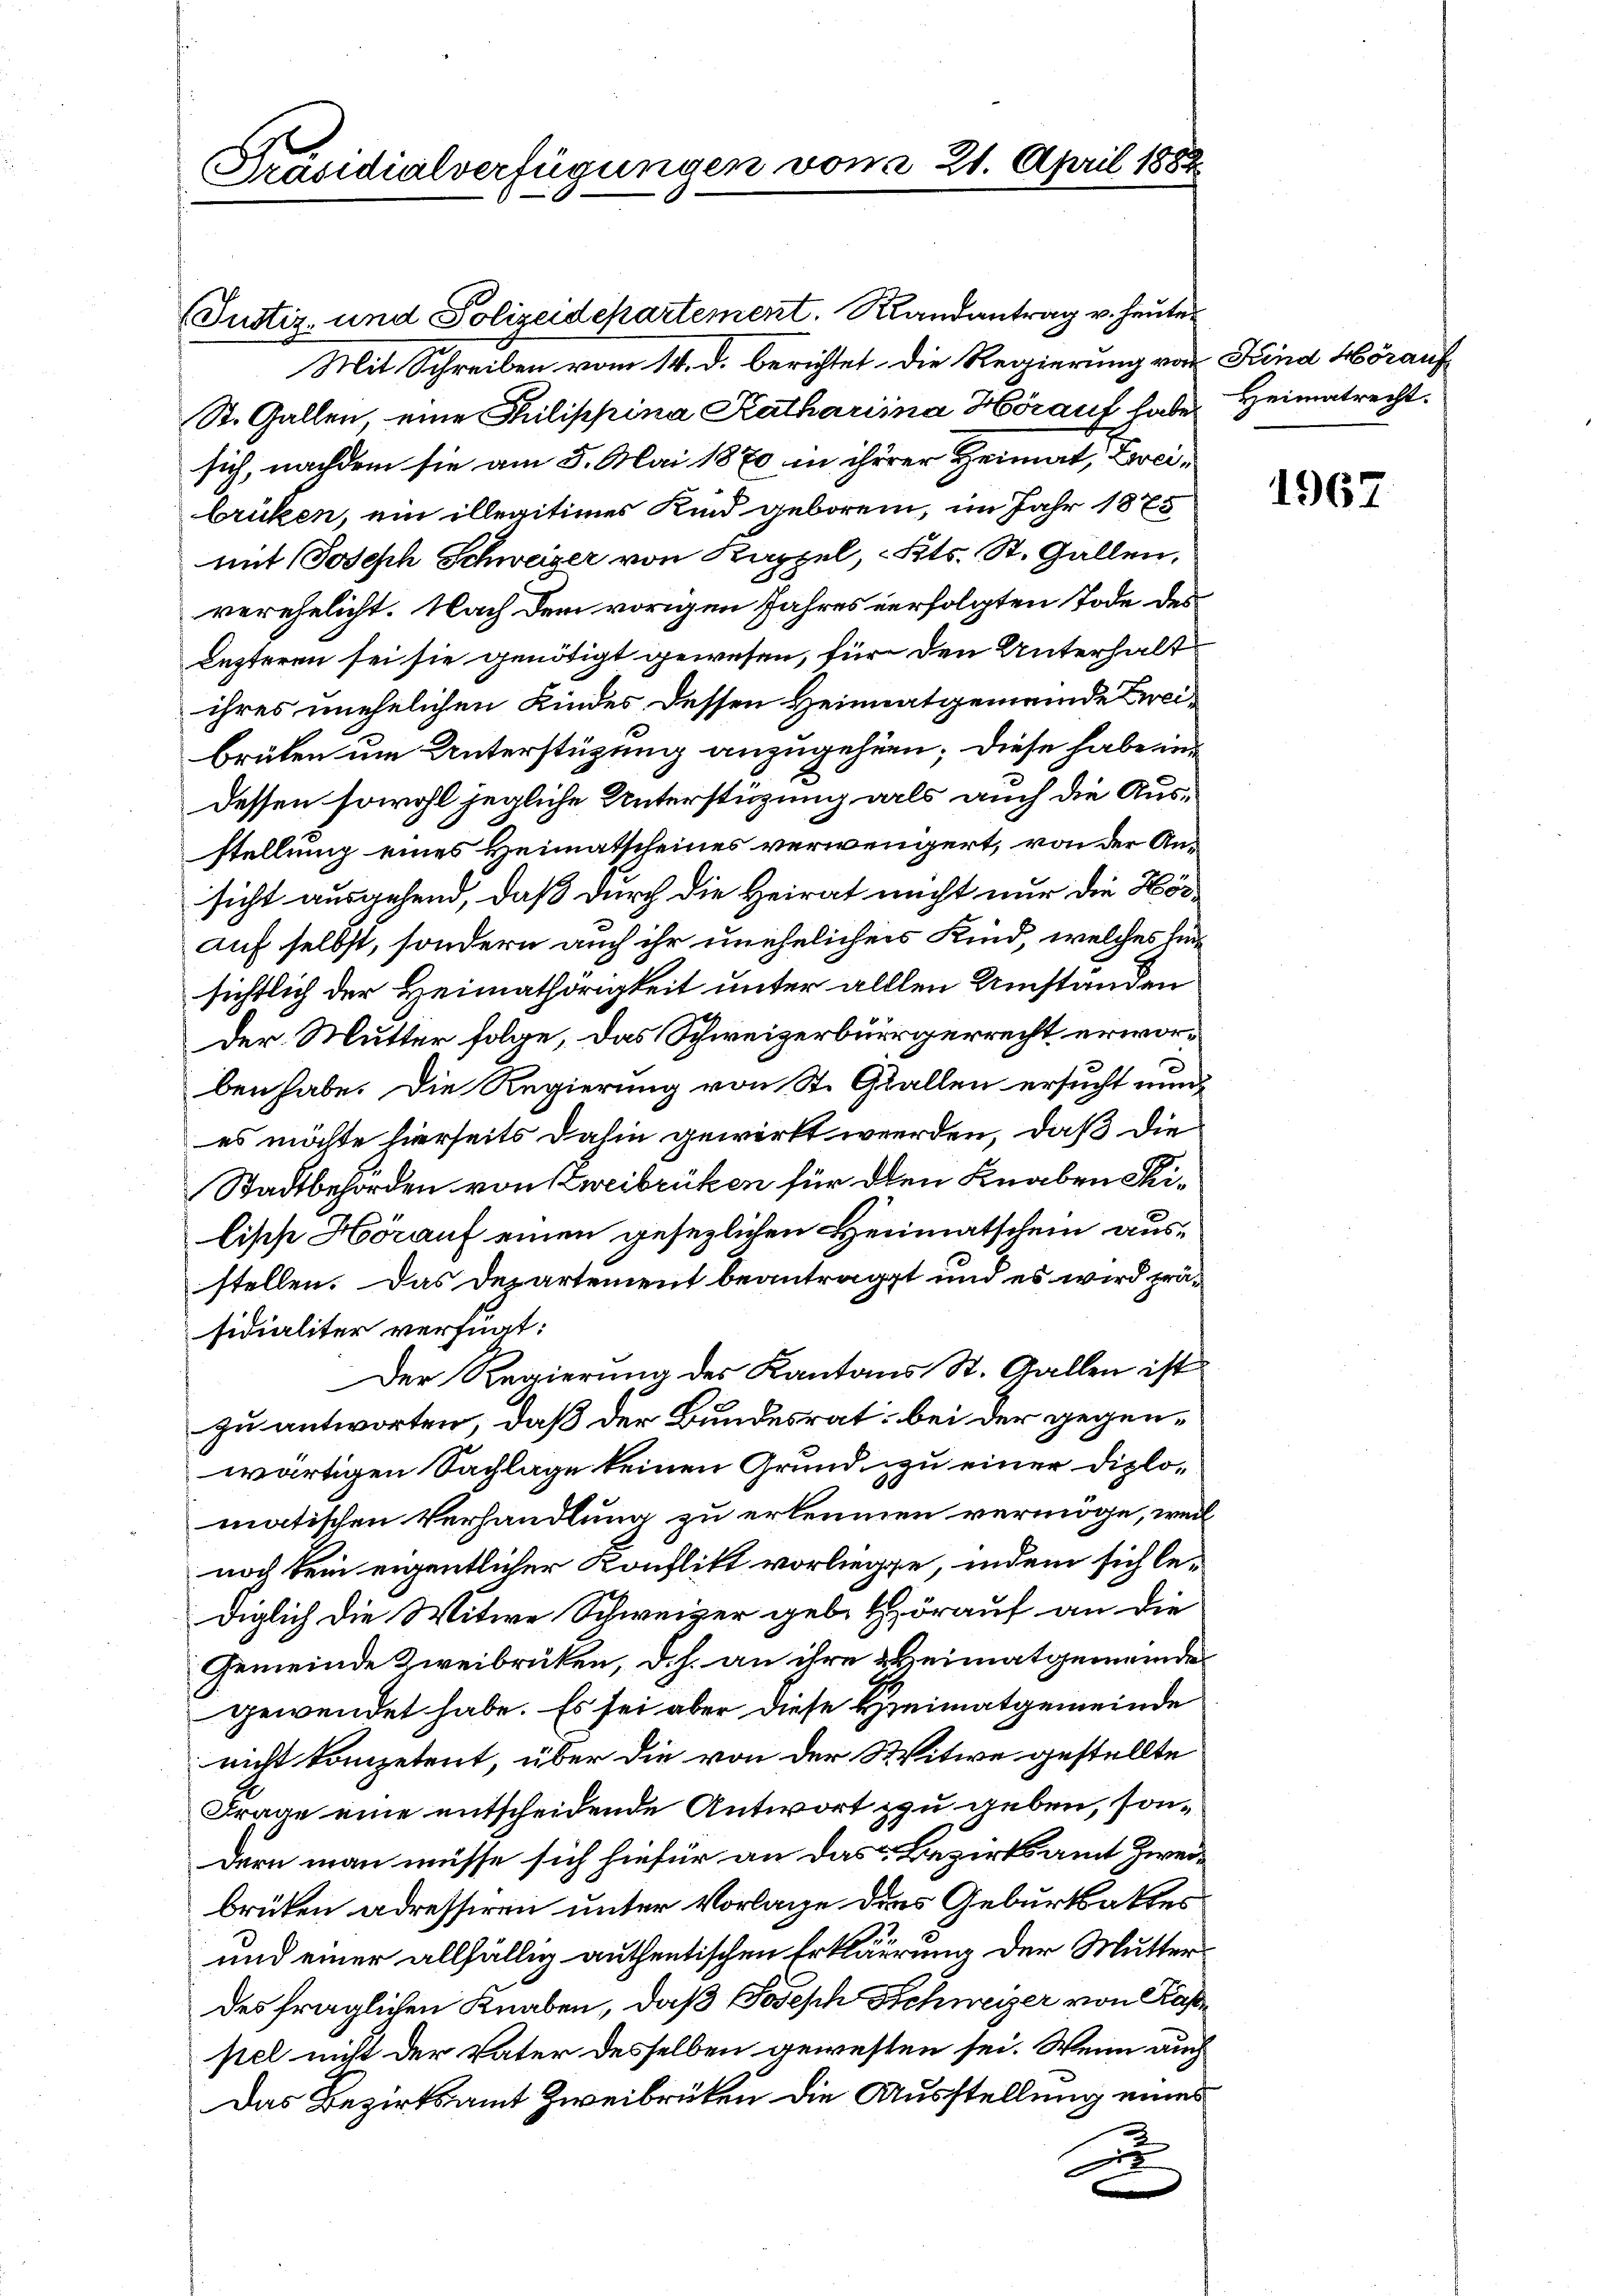
Präsidialverfügungen von § 21. April 188.

(Justiz- und Polizeidepartement. Randantrag v. heutes
Mit Schreiben vom 14. d. berichtet, die Regierung von Kind Hörauf
St. Gallen, eine Philippina Katharina Horauf habe
sich, nachdem sie am 5. Mai 1870 in ihrer Heimat, Zweibrüken, ein illegitimes Kind geboren, im Jahr 1875
mit Joseph Schweizer von Kappel, Kts. St. Gallen,
verehelicht. Nach dem vorigen Jahres verfolgten Tode des
lezteren sei sie genötigt gewesen, für den Unterhaltihres unehelichen Kindes dessen Heimatgemeinde Zweibrüken um Unterstüzung anzugehen; diese habe ein
dessen sowohl jegliche Unterstüzung als auch die Ausstellung eines Heimatscheines verwengert, von der Ansicht ausgehend, daß durch die Heirat nicht nur die Hörauf selbst, sondern auch ihr unehelichen Kind, welches Einsichtlich der Heimathörigkeit unter allen Umständen
Der Mutter folge, das Schweizerbürgerrecht erworben habe. Die Regierung von St. Gallen ersucht nun
es möchte hierseits dahin gewirkt werden, daß die
Stadtbehörden von Zweibrüken für den Knaben Silische Hörauf einen gesezlichen Heimatschein ausstellen. Das Departement beantragt und es wird prä-
sidialiter verfügt:
Der Regierung des Kantons St. Gallen ist
zu antworten, daß der Bundesrat; bei der gegenwärtigen Sachlage keinen Grund zu einer Diplomatischen Verhandlung zu erkennen vermöge, weil
noch kein eigentlicher Konflikt vorliegte, indem sich lediglich die Witwe Schweizer geb. Hörauf an die
Gemeinde Zweibrüken, d. h. an ihre Heimatgemeindes
gewendet habe. Es sei aber diese Heimatgemeinde
nicht kompetent, über die von der Witwe gestellte
Frage eine entscheidende Antwort zu geben, sondern man müsse sich hiefür an das Bezirksamt Zweibrüken adressiren unter Vorlage dies Geburtsaktes
und einer allfällig authentischen Erklärrung der Mutterdes fraglichen Knaben, daß Joseph Schweizer von Kase
sel nicht der Vater desselben gewesten sei. Wenn auch
Das Bezirksamt Zweibrüken die Ausstellung eines
A

Heimatrecht.

1967